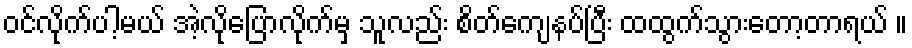
ဝင်လိုက်ပါ့မယ် အဲ့လိုပြောလိုက်မှ သူလည်း စိတ်ကျေနပ်ပြီး ထထွက်သွားတော့တာရယ် ။